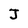
Character: J